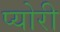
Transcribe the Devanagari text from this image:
प्योरी